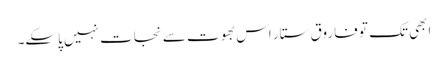
ابھی تک تو فاروق ستار اس بھوت سے نجات نہیں پاسکے۔